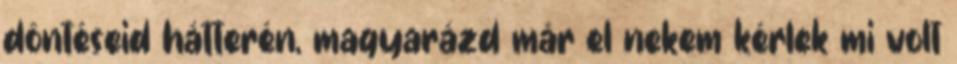
döntéseid hátterén, magyarázd már el nekem kérlek mi volt